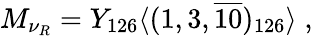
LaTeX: M_{\nu_{R}}=Y_{126}\langle(1,3,\overline{{{10}}})_{126}\rangle\; ,